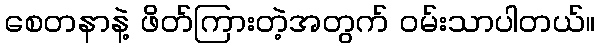
စေတနာနဲ့ ဖိတ်ကြားတဲ့အတွက် ဝမ်းသာပါတယ်။